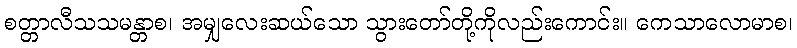
စတ္တာလီသသမန္တာစ၊ အမျှလေးဆယ်သော သွားတော်တို့ကိုလည်းကောင်း။ ကေသာလောမာစ၊